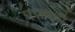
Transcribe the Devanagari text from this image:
प्रभावोें